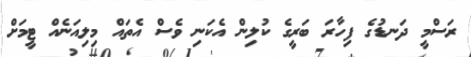
ރަސްމީ ދަނޑުގެ ފިހާރަ ބަރީގެ ކުލިން އެކަނި ވެސް އެތައް މިލިއަނެއް ޓީމަށް